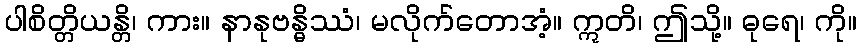
ပါစိတ္တိယန္တိ၊ ကား။ နာနုဗန္ဓိဿံ၊ မလိုက်တောအံ့။ ဣတိ၊ ဤသို့။ ဓုရေ၊ ကို။